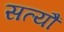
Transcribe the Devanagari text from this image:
सत्यौं